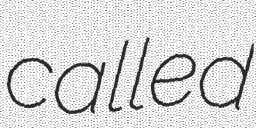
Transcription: called